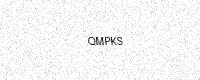
Text: QMPKS